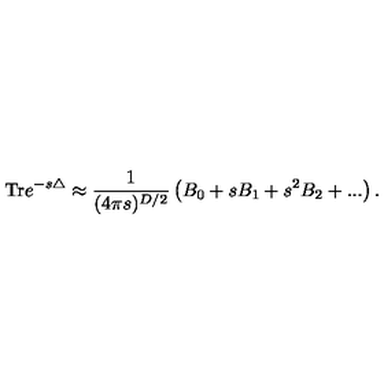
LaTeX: \mathrm { T r } e ^ { - s \triangle } \approx { \frac { 1 } { ( 4 \pi s ) ^ { D / 2 } } } \left( B _ { 0 } + s B _ { 1 } + s ^ { 2 } B _ { 2 } + . . . \right) .